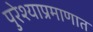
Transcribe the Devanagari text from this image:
पुरेश्याप्रमाणात